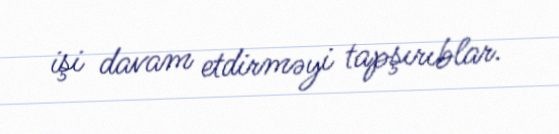
işi davam etdirməyi tapşırıblar.